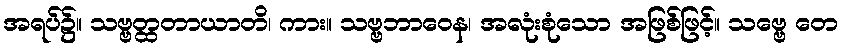
အရပ်၌။ သဗ္ဗတ္ထတာယာတိ၊ ကား။ သဗ္ဗဘာဝေန၊ အလုံးစုံသော အဖြစ်ဖြင့်။ သဗ္ဗေ တေ